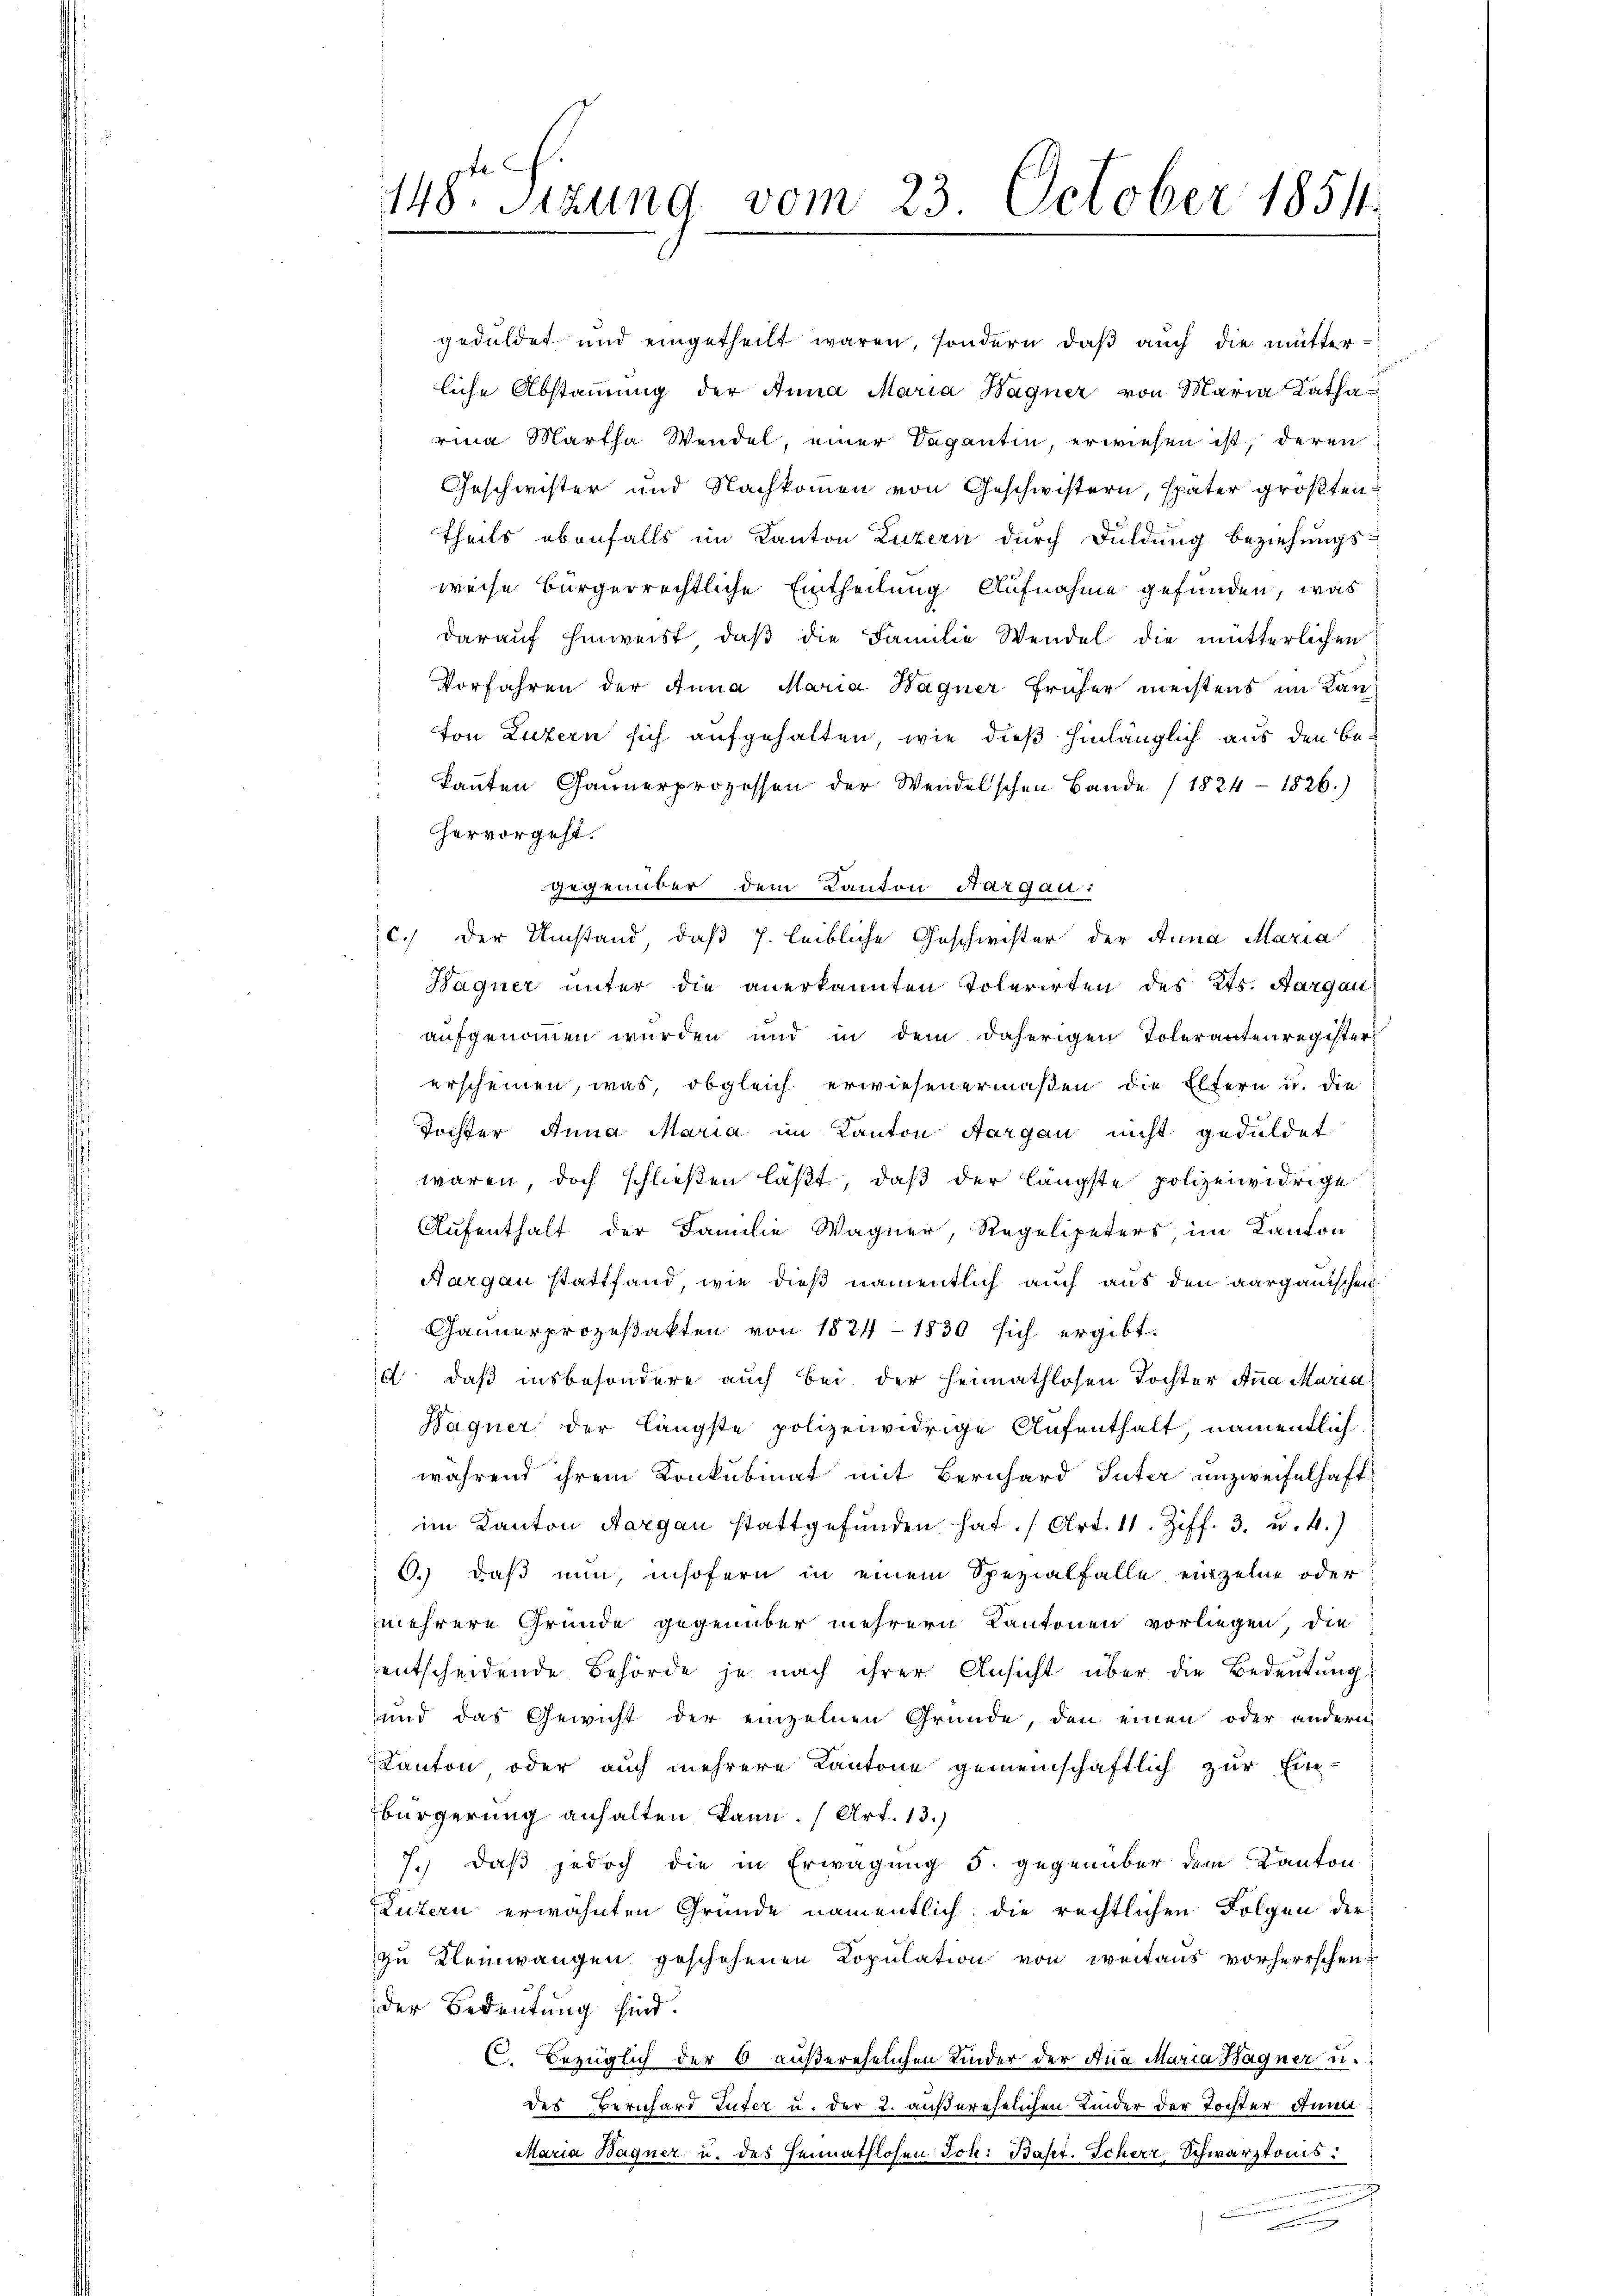
148. Sizung vom 23. October 1851.

geduldet und eingetheilt waren, sondern, daß auch die mutter-
liche Abstammung der Anna Maria Hagner von Maria Katharina Martha Wendel, einer Dapantin, erwiesen ist, deren
Geschwister und Nachkommen von Geschwistern, später größten
theils ebenfalls im Kanton Luzern durch Duldung beziehungs-
weise Bürgerrechtliche Eintheilung Aufnahme gefunden, was
darauf hinweist, daß die Familie Wendel die mütterlichen
Vorfahren der Anna Maria Wagner früher meistens im Kanton Luzern sich aufgehalten, wie dieß hinlänglich aus den Bekannten Gaunerprozessen der Wendelschen Bande (1824 - 1826.)
hervorgeht.
gegenüber dem Kanton Aargau:
C.) Der Umstand, daß 7. leibliche Geschwister der Anna Maria
Bagner unter die anerkannten Tolerirten des Kts. Aargau
 aufgenommen wurden und in dem daherigen Tolerantenregister
erscheinen, was, obgleich erwiesenermaßen die Eltern u. die
Tochter Anna Maria im Kanton Aargau nicht geduldet
 waren, doch schließen läßt, daß der längste polizeiwidrige
Aufenthalt der Familie Wagner, Regelipeters im Kanton
Nargau stattfand, wie dieß namentlich auch aus den aargauischen
Gannerprozeßakten von 1524-1830 sich ergibt.
d daß insbesondere auch bei der Heimathlosen Tochter Anna Maria
Bagner der längste polizeiwidrige Aufenthalt, namentlich
während ihrem Konkubinat mit Bernhard Suter unzweifelhaft
im Kanton Aargau stattgefŭnden hat. (Art. 11. Ziff. 3. u. 4.)
d.) daß nun, insofern in einem Spezialfalle entzelne oder
mehrere Gründe gegenüber mehrern Kantonen vorliegen, die
entscheidende Behörde je nach ihrer Ansicht über die Bedeutung
und das Gewicht der einzelnen Gründe, den einen oder andern
Kanton oder auch mehrere Kantone gemeinschaftlich zur Ein-
bürgerung anhalten kann. (Art. 13.)
7.) Daß jedoch die in Erwägung 5. gegenüber dem Kanton
Luzern erwähnten Gründe namentlich die rechtlichen Folgen der
zu Kleinwangen geschehenen Kopulation von weitaus vorherrschen
der Bedeutung sind.
C. Bezüglich der 6 außerehelichen Kinder der Ana Maria Hagner u.
des Bernhard Luter u. der 2. außerehelichen Kinder der Tochter Anna
Maria Bagner u. des Heimathlosen Joh. Bapt. Scherr Schwarztonis
u
F